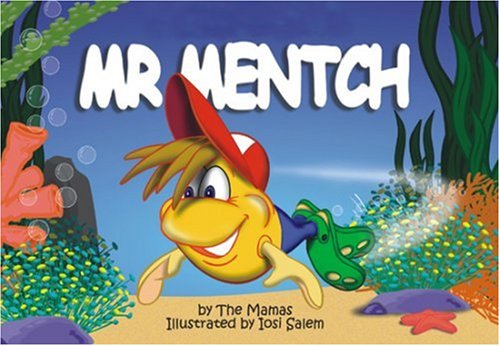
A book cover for Mr. Mentch (Meet the Yids); Mamas; Children's Books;